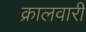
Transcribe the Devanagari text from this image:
क्रालवारी